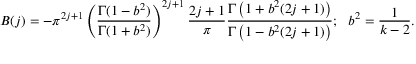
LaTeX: B ( j ) = - { \pi } ^ { 2 j + 1 } \left( \frac { \Gamma ( 1 - b ^ { 2 } ) } { \Gamma ( 1 + b ^ { 2 } ) } \right) ^ { 2 j + 1 } \frac { 2 j + 1 } { \pi } \frac { \Gamma \left( 1 + b ^ { 2 } ( 2 j + 1 ) \right) } { \Gamma \left( 1 - b ^ { 2 } ( 2 j + 1 ) \right) } ; \ \ b ^ { 2 } = \frac { 1 } { k - 2 } .